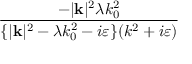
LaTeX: \frac { - | \mathbf { k } | ^ { 2 } \lambda k _ { 0 } ^ { 2 } } { \{ | \mathbf { k } | ^ { 2 } - \lambda k _ { 0 } ^ { 2 } - i \varepsilon \} ( k ^ { 2 } + i \varepsilon ) }